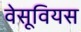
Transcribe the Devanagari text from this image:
वेसूवियस